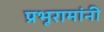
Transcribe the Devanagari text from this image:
प्रभूरामांनी